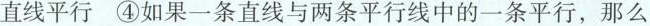
直线平行 ④如果一条直线与两条平行线中的一条平行，那么